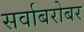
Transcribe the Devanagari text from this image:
सर्वाबरोबर